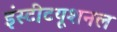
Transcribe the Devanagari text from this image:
इंस्‍टीटयूशनल